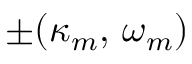
\pm ( \kappa _ { m } , \, \omega _ { m } )